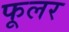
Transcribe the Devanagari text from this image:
फूलर